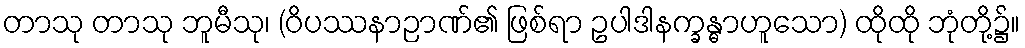
တာသု တာသု ဘူမီသု၊ (ဝိပဿနာဉာဏ်၏ ဖြစ်ရာ ဥပါဒါနက္ခန္ဓာဟူသော) ထိုထို ဘုံတို့၌။